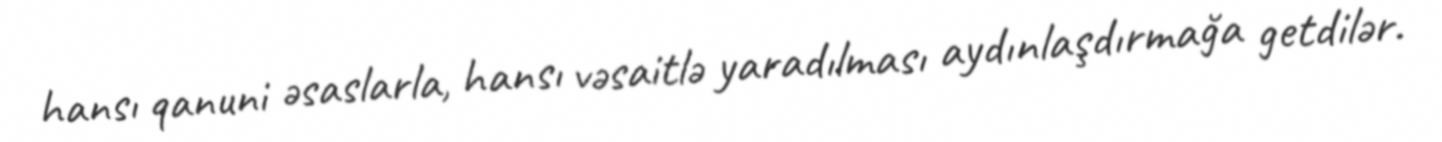
hansı qanuni əsaslarla, hansı vəsaitlə yaradılması aydınlaşdırmağa getdilər.